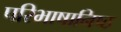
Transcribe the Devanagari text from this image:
परिभाषानिष्ठ